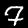
Digit: 7